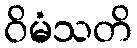
ဝိမံသတိ